Scottish Certificate of Education, 1962
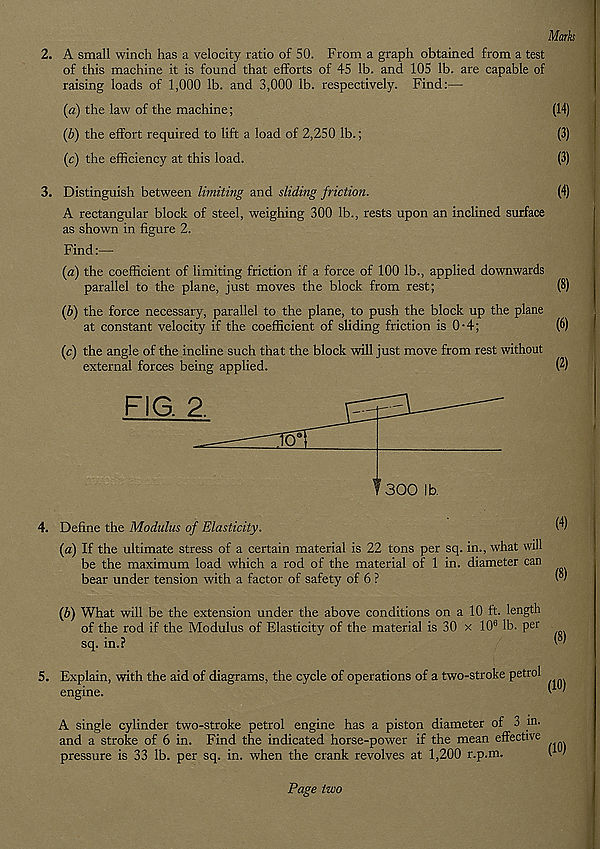
Marks
2. A small winch has a velocity ratio of 50. From a graph obtained from a test
of this machine it is found that efforts of 45 lb. and 105 lb. are capable of
raising loads of 1,000 lb. and 3,000 lb. respectively. Find:—
(a) the law of the machine;
(14)
(b) the effort required to lift a load of 2,250 lb.;
(3)
(c) the efficiency at this load.
(3)
3. Distinguish between limiting and sliding friction.
(4)
A rectangular block of steel, weighing 300 lb., rests upon an inclined surface
as shown in figure 2.
Find:—
{a) the coefficient of limiting friction if a force of 100 lb., applied downwards
parallel to the plane, just moves the block from rest;
(8)
{b) the force necessary, parallel to the plane, to push the block up the plane
at constant velocity if the coefficient of sliding friction is 0-4;
(6)
(c) the angle of the incline such that the block will just move from rest without
external forces being applied.
(2)
4. Define the Modulus of Elasticity.
(a) If the ultimate stress of a certain material is 22 tons per sq. in., what will
be the maximum load which a rod of the material of 1 in. diameter can
bear under tension with a factor of safety of 6 ?
I 8 '
fb) What will be the extension under the above conditions on a 10 ft. length
of the rod if the Modulus of Elasticity of the material is 30 x 10 6 lb. per
sq. in.?
5. Explain, with the aid of diagrams, the cycle of operations of a two-stroke
engine.
A single cylinder two-stroke petrol engine has a piston diameter of 3 in.
and a stroke of 6 in. Find the indicated horse-power if the mean effective
pressure is 33 lb. per sq. in. when the crank revolves at 1,200 r.p.m.
Page two